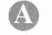
A